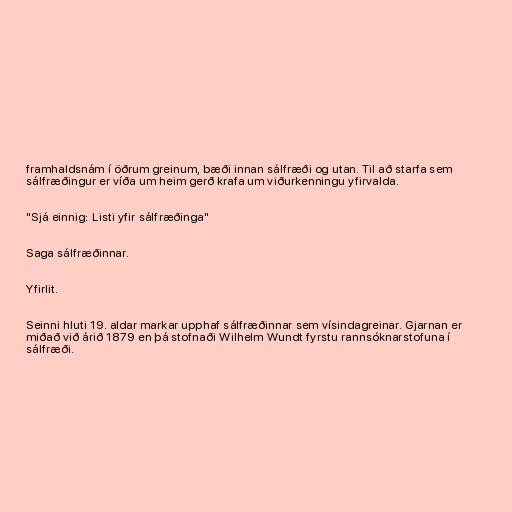
framhaldsnám í öðrum greinum, bæði innan sálfræði og utan. Til að starfa sem
sálfræðingur er víða um heim gerð krafa um viðurkenningu yfirvalda.

"Sjá einnig: Listi yfir sálfræðinga"

Saga sálfræðinnar.

Yfirlit.

Seinni hluti 19. aldar markar upphaf sálfræðinnar sem vísindagreinar. Gjarnan er
miðað við árið 1879 en þá stofnaði Wilhelm Wundt fyrstu rannsóknarstofuna í
sálfræði.